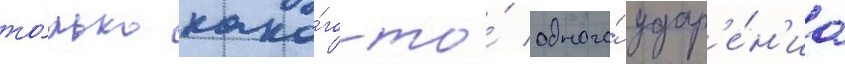
то́лько како́го-то́ одного́ удар'е́н'иа